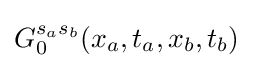
G_{0}^{s_{a}s_{b}}(x_{a},t_{a},x_{b},t_{b})